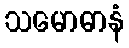
သမောဓာနံ